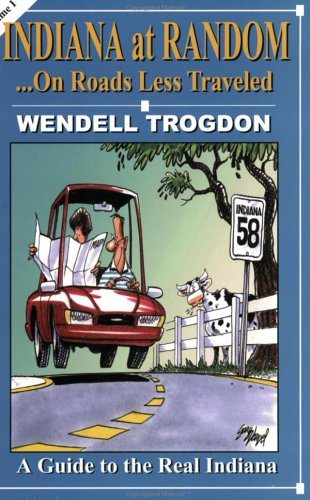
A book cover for Indiana at Random: On Roads Less Traveled; Wendell Trogdon; Travel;